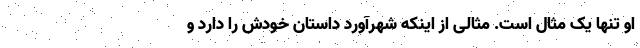
او تنها یک مثال است. مثالی از اینکه شهرآورد داستان خودش را دارد و